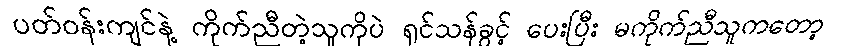
ပတ်ဝန်းကျင်နဲ့ ကိုက်ညီတဲ့သူကိုပဲ ရှင်သန်ခွင့် ပေးပြီး မကိုက်ညီသူကတော့